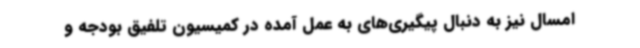
امسال نیز به دنبال پیگیری‌های به عمل آمده در کمیسیون تلفیق بودجه و